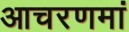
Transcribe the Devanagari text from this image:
आचरणमां